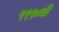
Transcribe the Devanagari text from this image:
१९९०ची